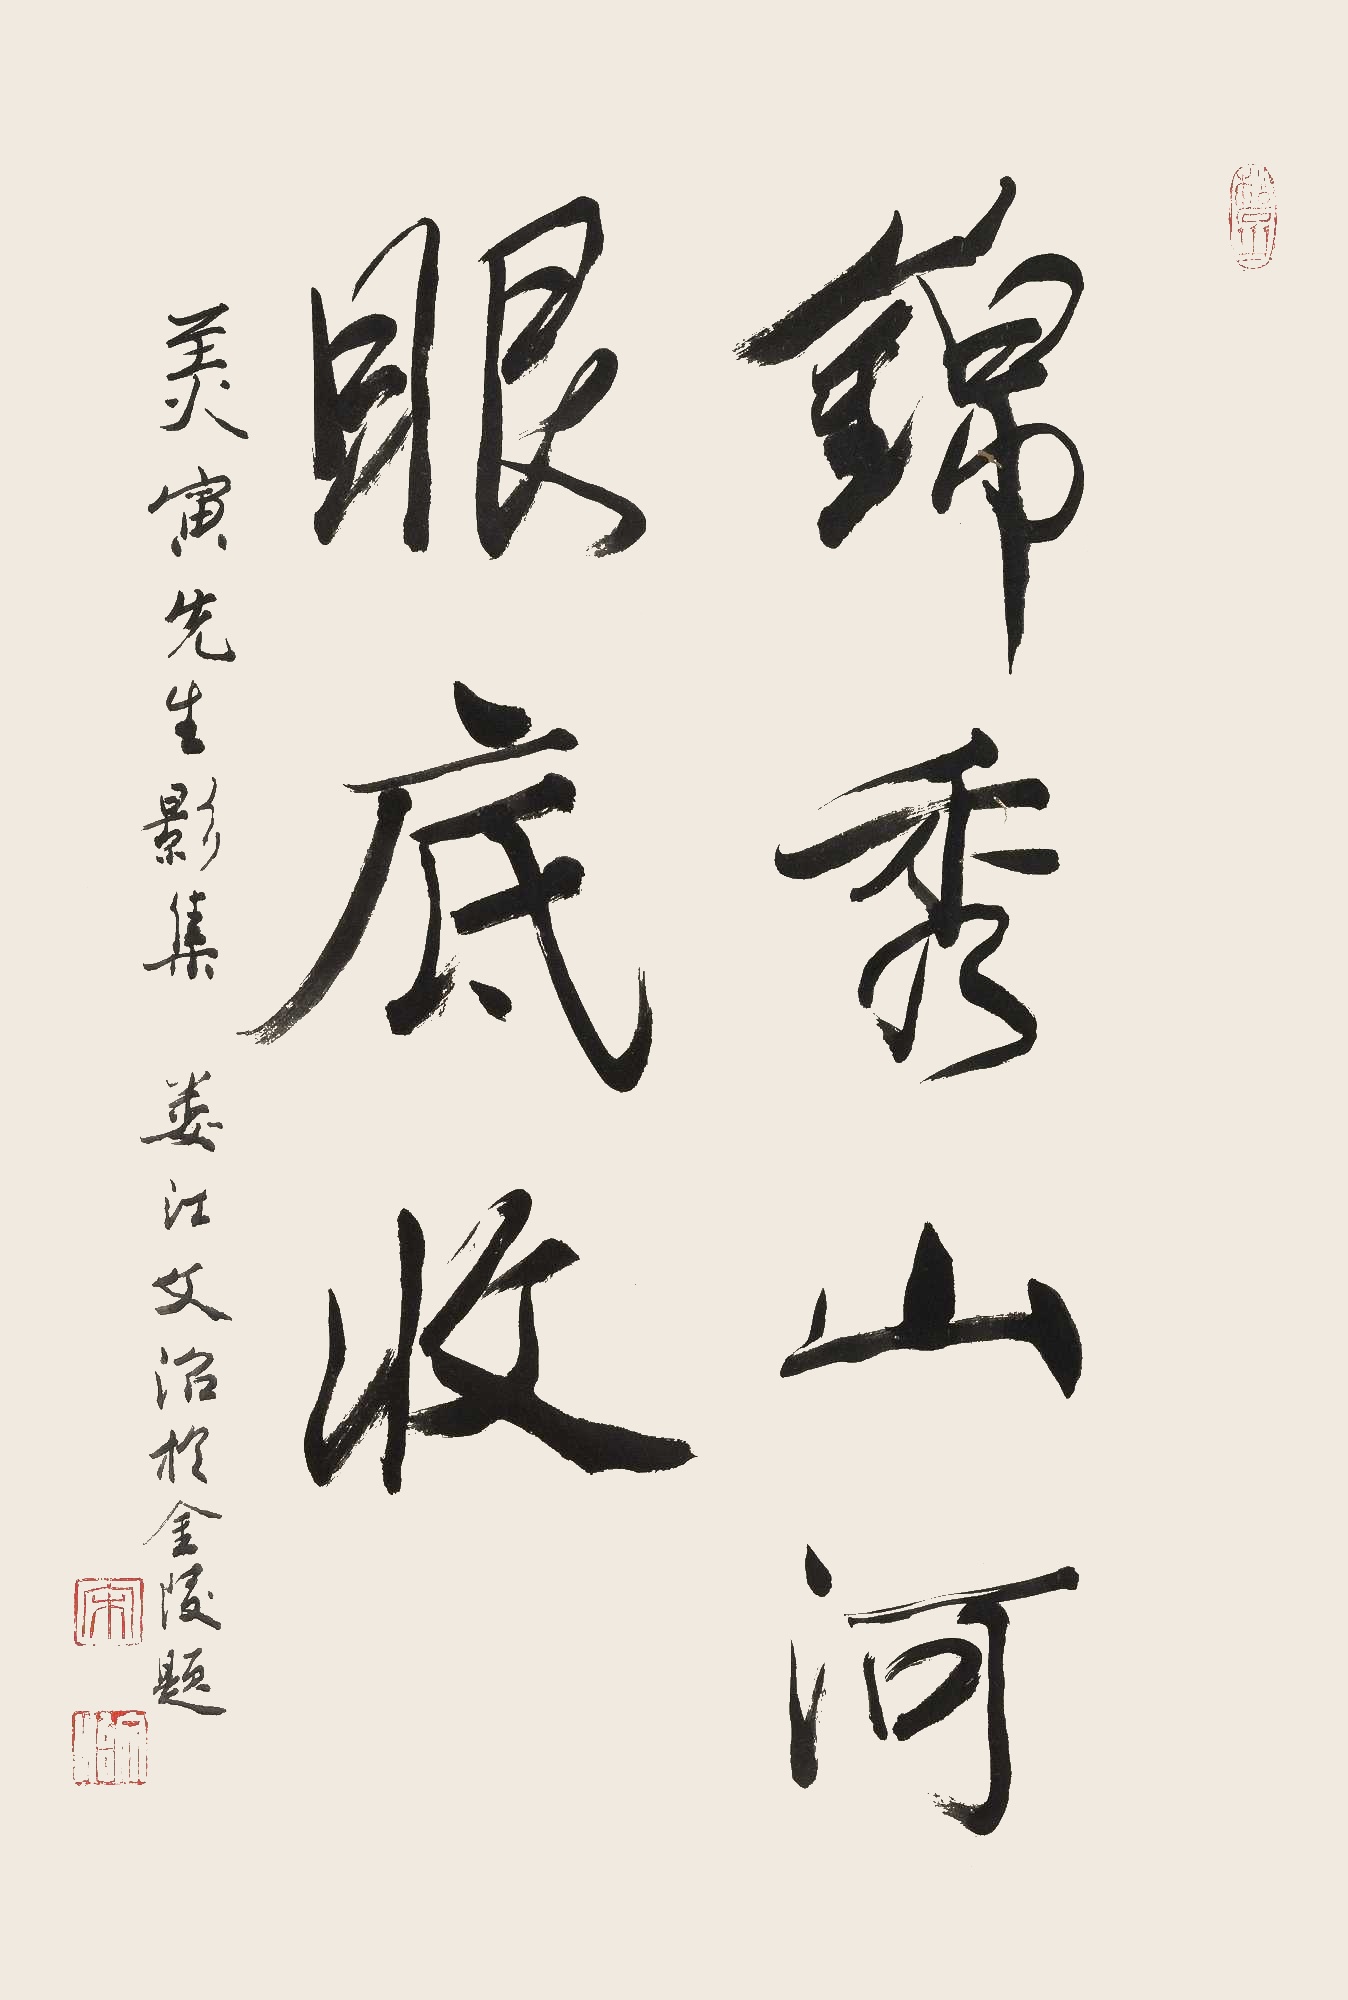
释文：锦秀山河眼底收美寅先生影集。娄江文治于金陵题。